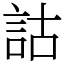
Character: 詁